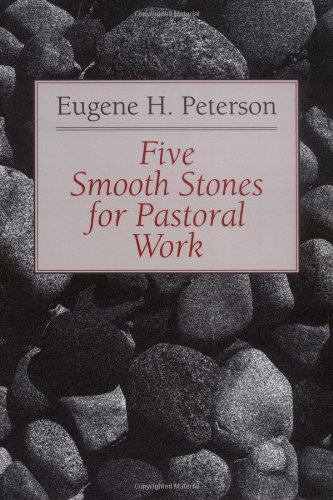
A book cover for Five Smooth Stones for Pastoral Work; Eugene H. Peterson; Christian Books & Bibles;